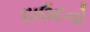
દાઉદનો